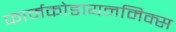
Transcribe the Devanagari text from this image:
फार्मकोडायनमिक्स